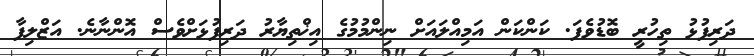
ދަރިފުޅު ތިހުރީ ބޮޑުވެފަ. ކަންކަން އަމިއްލައަށް ނިންމުމުގެ އިޚްތިޔާރު ދަރިފުޅަށްވެސް އޮންނާނެ. އަޒްލިފާ